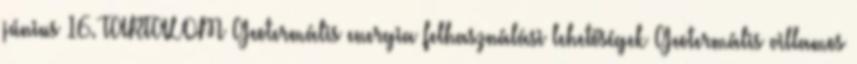
június 16. TARTALOM Geotermális energia felhasználási lehetőségek Geotermális villamos